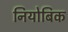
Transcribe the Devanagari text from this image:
नियोबिक